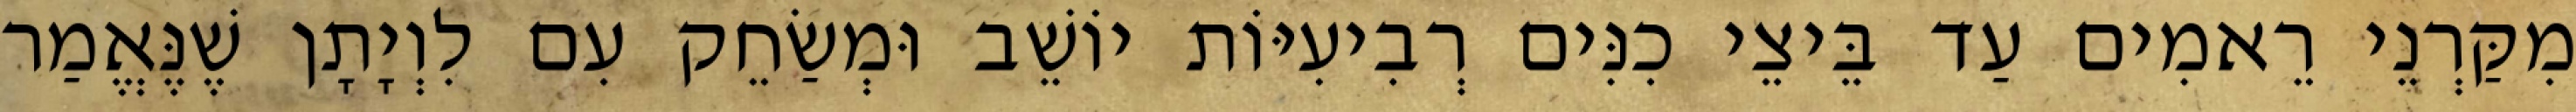
מִקַּרְנֵי רֵאמִים עַד בֵּיצֵי כִנִּים רְבִיעִיּוֹת יוֹשֵׁב וּמְשַׂחֵק עִם לִוְיָתָן שֶׁנֶּאֱמַר